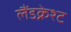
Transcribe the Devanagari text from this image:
लैंडक्नेश्ट